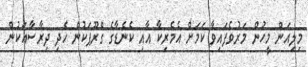
މިލިއަން މީހުން މަރުވެފައިވާ ކަމަށް އެމެރިކާ އާއި ކެނެޑާގެ ގްރޫޕަކުން ހެދި ދިރާސާއަކުން